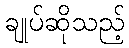
ချုပ်ဆိုသည့်